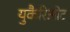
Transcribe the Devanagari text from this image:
युकैरिओट